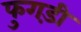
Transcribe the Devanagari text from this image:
फुगड़ी